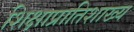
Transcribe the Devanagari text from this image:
शिक्षाप्रातिशाख्य